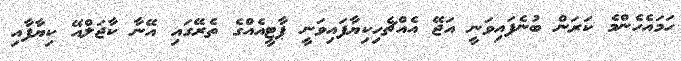
ހަމައެހެންމެ ކަރަން ބުނެފައިވަނީ އަޖޭ އެއްޗެހިކިޔާފައިވަނީ ޕާޓީއެއްގެ ތެރޭގައި އޭނާ ކާޖަލްއޭ ކިޔާފާއި